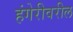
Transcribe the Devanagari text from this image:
हंगेरीवरील